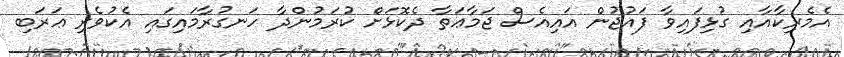
އެމެރިކާއާއި ގުޅިފައިވާ ފައުޖުން އައިއެސް ޖަމާޢަތާ ދެކޮޅަށް ކުރަމުންދާ ހަނގުރާމައިގައި އެކުވެރި ޢަރަބި